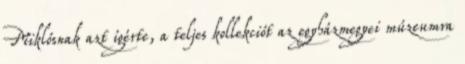
Miklósnak azt ígérte, a teljes kollekciót az egyházmegyei múzeumra